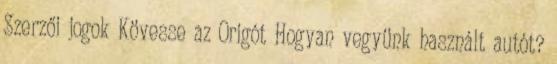
Szerzői jogok Kövesse az Origót Hogyan vegyünk használt autót?